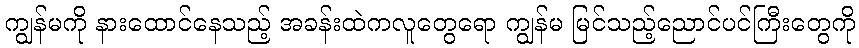
ကျွန်မကို နားထောင်နေသည့် အခန်းထဲကလူတွေရော ကျွန်မ မြင်သည့်ညောင်ပင်ကြီးတွေကို